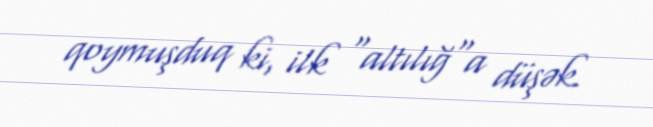
qoymuşduq ki, ilk "altılığ"a düşək.